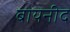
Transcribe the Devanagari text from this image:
बायनीद